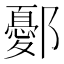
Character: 鄾